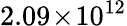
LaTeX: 2.09\! \times\! 10^{12}